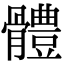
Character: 體